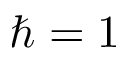
\hbar = 1